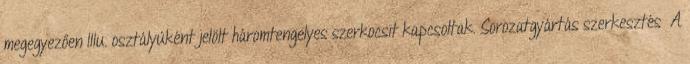
megegyezően IIIu. osztályúként jelölt háromtengelyes szerkocsit kapcsoltak. Sorozatgyártás szerkesztés A